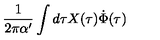
\frac { 1 } { 2 \pi \alpha ^ { \prime } } \int d \tau X ( \tau ) \dot { \Phi } ( \tau )